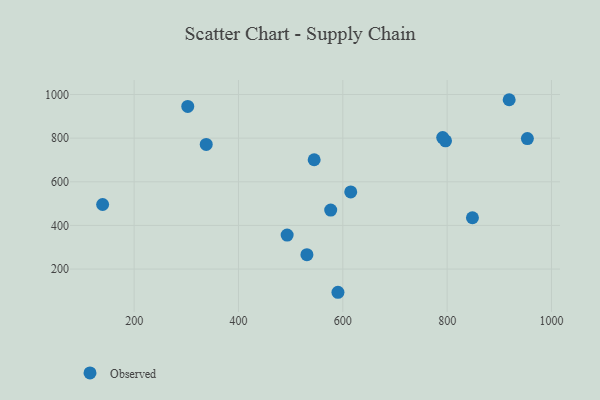
{"axis": {"x": "Investment", "y": "Profit"}, "legend": ["Observed"], "data": [{"x": "545.1", "y": 701.1, "type": "Observed"}, {"x": "796.9", "y": 787.7, "type": "Observed"}, {"x": "918.9", "y": 976.1, "type": "Observed"}, {"x": "791.5", "y": 802.6, "type": "Observed"}, {"x": "139.6", "y": 496.0, "type": "Observed"}, {"x": "576.8", "y": 470.3, "type": "Observed"}, {"x": "338.2", "y": 771.1, "type": "Observed"}, {"x": "848.5", "y": 435.2, "type": "Observed"}, {"x": "953.8", "y": 798.0, "type": "Observed"}, {"x": "493.3", "y": 355.9, "type": "Observed"}, {"x": "615.2", "y": 553.4, "type": "Observed"}, {"x": "302.8", "y": 945.2, "type": "Observed"}, {"x": "531.2", "y": 266.1, "type": "Observed"}, {"x": "590.7", "y": 93.6, "type": "Observed"}]}